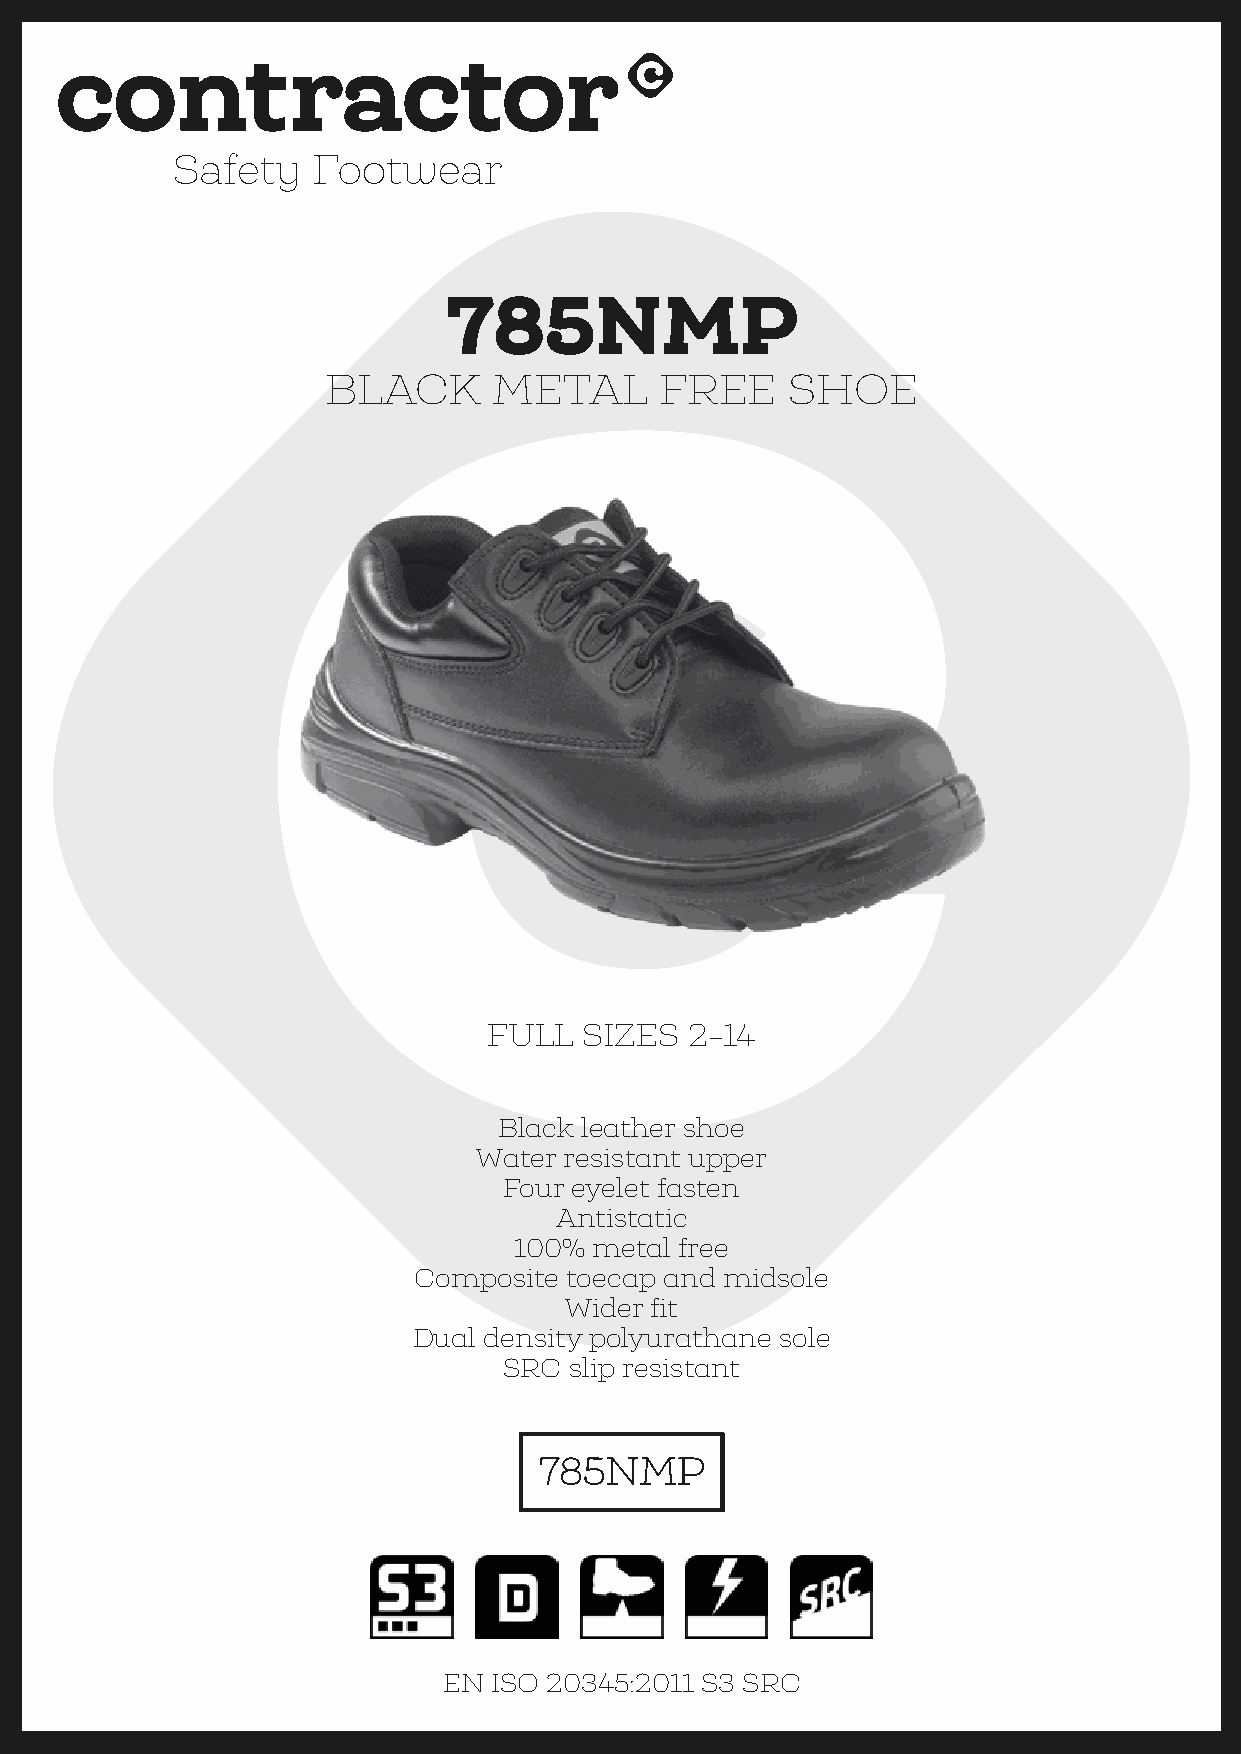
785NMP
 BLACK      METAL      FREE    SHOE
 FULL   SIZES  2-14
 Black leather shoe
 Water resistant upper
 Four eyelet fasten
 Antistatic
 100% metal free
 Composite toecap and midsole
 Wider fit
 Dual density polyurathane sole
 SRC  slip resistant
 785NMP
 EN  ISO 20345:2011 S3 SRC